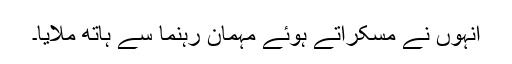
انہوں نے مسکراتے ہوئے مہمان رہنما سے ہاتھ ملایا۔